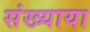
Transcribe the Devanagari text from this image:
संख्याया